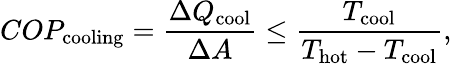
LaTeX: COP_{\mathrm{cooling}}={\frac{\Delta Q_{\mathrm{cool}}}{\Delta A}}\leq{\frac{T_{\mathrm{cool}}}{T_{\mathrm{hot}}-T_{\mathrm{cool}}}},